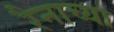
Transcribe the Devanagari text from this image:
रैनाच्या